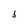
Character: b